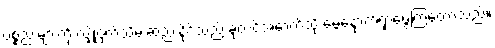
ပစ္စည်းများကို လျှို့ဝှက်သိမ်းဆည်းနိုင်သည့် ခုတင်အောက်သို့ မွှေနှောက်ရှာဖွေကြတော့သည်။